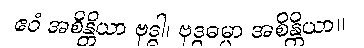
ဧဝံ အစိန္တိယာ ဗုဒ္ဓါ၊ ဗုဒ္ဓဓမ္မာ အစိန္တိယာ။